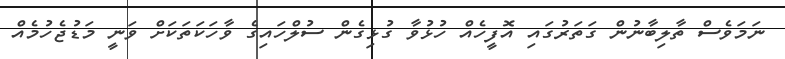
ނަމަވެސް ތާލިބާނުން ގަތަރުގައި އޮފީހެއް ހުޅުވާ ގުޅިގެން ސުލްހައިގެ ވާހަކަތަކަށް ވަނީ މަޑުޖެހުމެއް